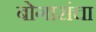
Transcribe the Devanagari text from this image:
बोगारांचा